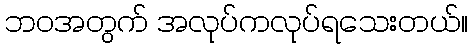
ဘဝအတွက် အလုပ်ကလုပ်ရသေးတယ်။